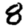
Digit: 8